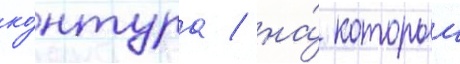
ко́нтура / на́ которыи